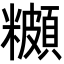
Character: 𬖾